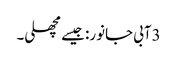
3آبی جانور: جیسے مچھلی۔